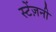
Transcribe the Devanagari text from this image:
स्टेंज़नी